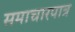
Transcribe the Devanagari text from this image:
समाचारपात्र